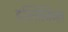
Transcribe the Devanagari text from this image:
हस्तिजिव्हा